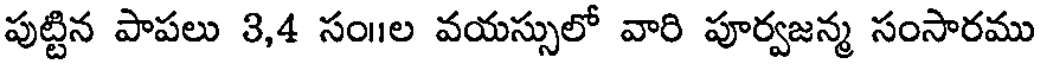
పుట్టిన పాపలు 3,4 సం॥ల వయస్సులో వారి పూర్వజన్మ సంసారము